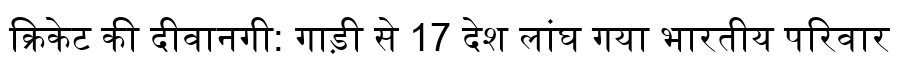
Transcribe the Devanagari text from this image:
क्रिकेट की दीवानगी: गाड़ी से 17 देश लांघ गया भारतीय परिवार